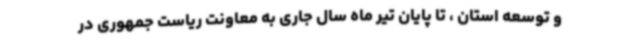
و توسعه استان ، تا پایان تیر ماه سال جاری به معاونت ریاست جمهوری در